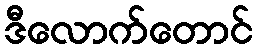
ဒီလောက်တောင်